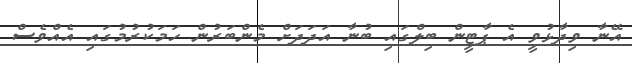
އޭނާ ވިދާޅުވީ އެ ޕާޓީން ބިލްގައި ބުނާ އަދަދަށް މެންބަރުން ހަމަކުރުމުގައި އެއްވެސް